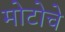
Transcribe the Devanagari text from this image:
मोटोचे